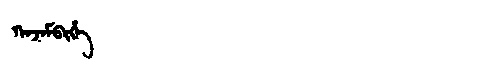
Manchu: ᡴᠠᠵᠠᠮᠪᡳᡥᡝ
Romanization: KAJAMBIHE